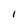
Character: I